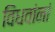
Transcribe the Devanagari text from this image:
विधवांनां